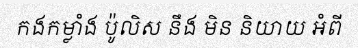
កងកម្លាំង ប៉ូលិស នឹង មិន និយាយ អំពី